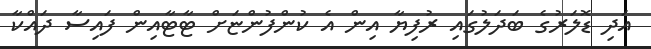
އަދި ޑޮލަރުގެ ބަދަލުގައި ރުފިޔާ އިން އެ ކުންފުންޏަށް ޓާޓާއިން ފައިސާ ދައްކާ